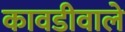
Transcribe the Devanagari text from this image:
कावडीवाले